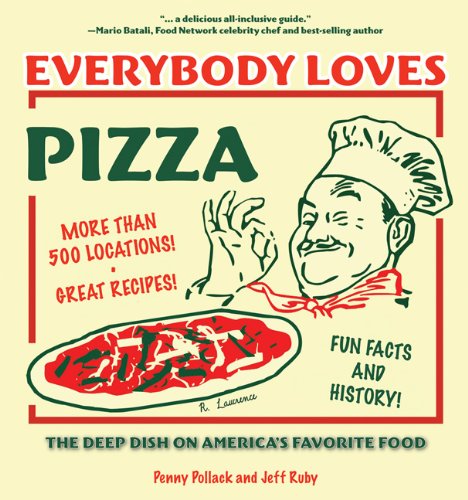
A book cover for Everybody Loves Pizza: The Deep Dish on America's Favorite Food; Penny Pollack; Cookbooks, Food & Wine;